Annual report of the Punjab Veterinary College and of the Civil Veterinary Department, Punjab - 1894-1908
Year: 1894
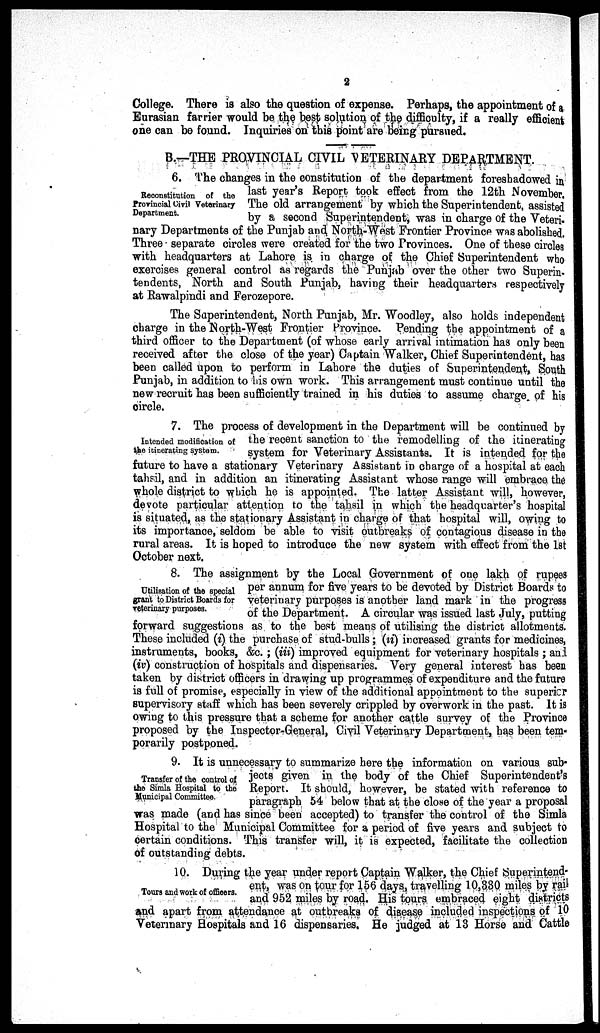
2
College. There is also the question of expense. Perhaps, the appointment of a
Eurasian farrier would be the best solution of the difficulty, if a really efficient
one can be found. Inquiries on this point are being pursued.
B.—THE PROVINCIAL CIVIL VETERINARY DEPARTMENT.
Reconstitution of the
Provincial Civil Veterinary
Department.
6. The changes in the constitution of the department foreshadowed in
last year's Report took effect from the 12th November,
The old arrangement by which the Superintendent, assisted
by a second Superintendent, was in charge of the Veteri-
nary Departments of the Punjab and North-West Frontier Province was abolished.
Three separate circles were created for the two Provinces. One of these circles
with headquarters at Lahore is in charge of the Chief Superintendent who
exercises general control as regards the Punjab over the other two Superin-
tendents, North and South Punjab, having their headquarters respectively
at Rawalpindi and Ferozepore.
The Superintendent, North Punjab, Mr. Woodley, also holds independent
charge in the North-West Frontier Province. Pending the appointment of a
third officer to the Department (of whose early arrival intimation has only been
received after the close of the year) Captain Walker, Chief Superintendent, has
been called upon to perform in Lahore the duties of Superintendent, South
Punjab, in addition to his own work. This arrangement must continue until the
new recruit has been sufficiently trained in his duties to assume charge of his
circle.
Intended modification of
the itinerating system.
7. The process of development in the Department will be continued by
the recent sanction to the remodelling of the itinerating
system for Veterinary Assistants. It is intended for the
future to have a stationary Veterinary Assistant in charge of a hospital at each
tahsil, and in addition an itinerating Assistant whose range will embrace the
whole district to which he is appointed. The latter Assistant will, however,
devote particular attention to the tahsil in which the headquarter's hospital
is situated, as the stationary Assistant in charge of that hospital will, owing to
its importance, seldom be able to visit outbreaks of contagious disease in the
rural areas. It is hoped to introduce the new system with effect from the 1st
October next.
Utilisation of the special
grant to District Boards for
veterinary purposes.
8. The assignment by the Local Government of one lakh of rupees
per annum for five years to be devoted by District Boards to
veterinary purposes is another land mark in the progress
of the Department. A circular was issued last July, putting
forward suggestions as to the best means of utilising the district allotments.
These included (i) the purchase of stud-bulls; (ii) increased grants for medicines,
instruments, books, &c.; (iii) improved equipment for veterinary hospitals; and
(iv) construction of hospitals and dispensaries. Very general interest has been
taken by district officers in drawing up programmes of expenditure and the future
is full of promise, especially in view of the additional appointment to the superior
supervisory staff which has been severely crippled by overwork in the past. It is
owing to this pressure that a scheme for another cattle survey of the Province
proposed by the Inspector-General, Civil Veterinary Department, has been tem-
porarily postponed.
Transfer of the control of
the Simla Hospital to the
Municipal Committee.
9. It is unnecessary to summarize here the information on various sub-
jects given in the body of the Chief Superintendent's
Report. It should, however, be stated with reference to
paragraph 54 below that at the close of the year a proposal
was made (and has since been accepted) to transfer the control of the Simla
Hospital to the Municipal Committee for a period of five years and subject to
certain conditions. This transfer will, it is expected, facilitate the collection
of outstanding debts.
Tours and work of officers.
10. During the year under report Captain Walker, the Chief Superintend-
ent, was on tour for 156 days, travelling 10,330 miles by rail
and 952 miles by road. His tours embraced eight districts
and apart from attendance at outbreaks of disease included inspections of 10
Veterinary Hospitals and 16 dispensaries. He judged at 13 Horse and Cattle